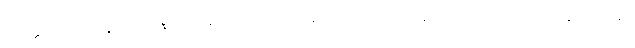
သတ္တုတွင်းတွေ တဟုန်ထိုး များမလာသေးခင် ၂၀၀၅ ကနေ ၂၀၀၈ ကာလအတွင်းကဆို